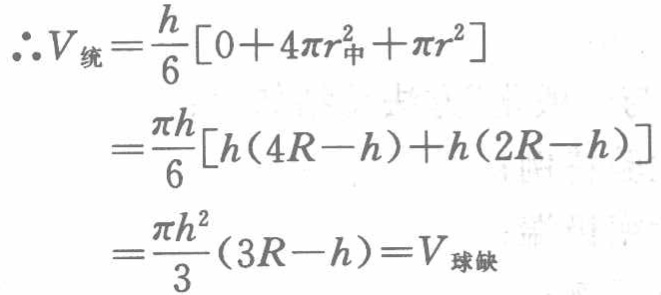
\begin{align*}
\therefore V_{统}&=\frac{h}{6}[0 + 4\pi r_{中}^{2}+\pi r^{2}]\\
&=\frac{\pi h}{6}[h(4R - h)+h(2R - h)]\\
&=\frac{\pi h^{2}}{3}(3R - h)=V_{球缺}
\end{align*}